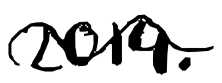
Text: 2014.
Cross-out: mix
Writing tool: digital_black